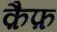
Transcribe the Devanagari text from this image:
क़ैफ़